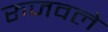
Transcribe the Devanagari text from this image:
रुजवले